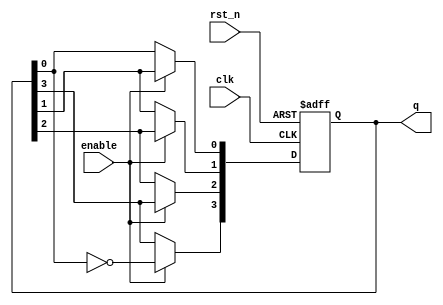
module JohnsonCounter (
    input wire clk,        // Clock input
    input wire rst_n,     // Active low reset
    input wire enable,     // Enable signal
    output reg [3:0] q     // 4-bit output representing the current state
);

// Internal register to hold the current state
reg [3:0] state;

// Sequential logic for the Johnson Counter
always @(posedge clk or negedge rst_n) begin
    if (!rst_n) begin
        // Asynchronous reset to state 0000
        state <= 4'b0000;
    end else if (enable) begin
        // Johnson counter state transition logic
        state[3] <= ~state[0]; // Invert the last state bit and feed to first flip-flop
        state[2] <= state[3];   // Shift bits
        state[1] <= state[2];   // Shift bits
        state[0] <= state[1];   // Shift bits
    end
end

// Assign the current state to output
always @(*) begin
    q = state;
end

endmodule